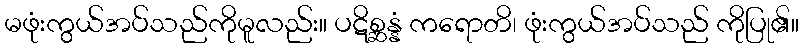
မဖုံးကွယ်အပ်သည်ကိုမူလည်း။ ပဋိစ္ဆန္နံ ကရောတိ၊ ဖုံးကွယ်အပ်သည် ကိုပြု၏။